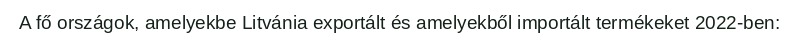
A fő országok, amelyekbe Litvánia exportált és amelyekből importált termékeket 2022-ben: